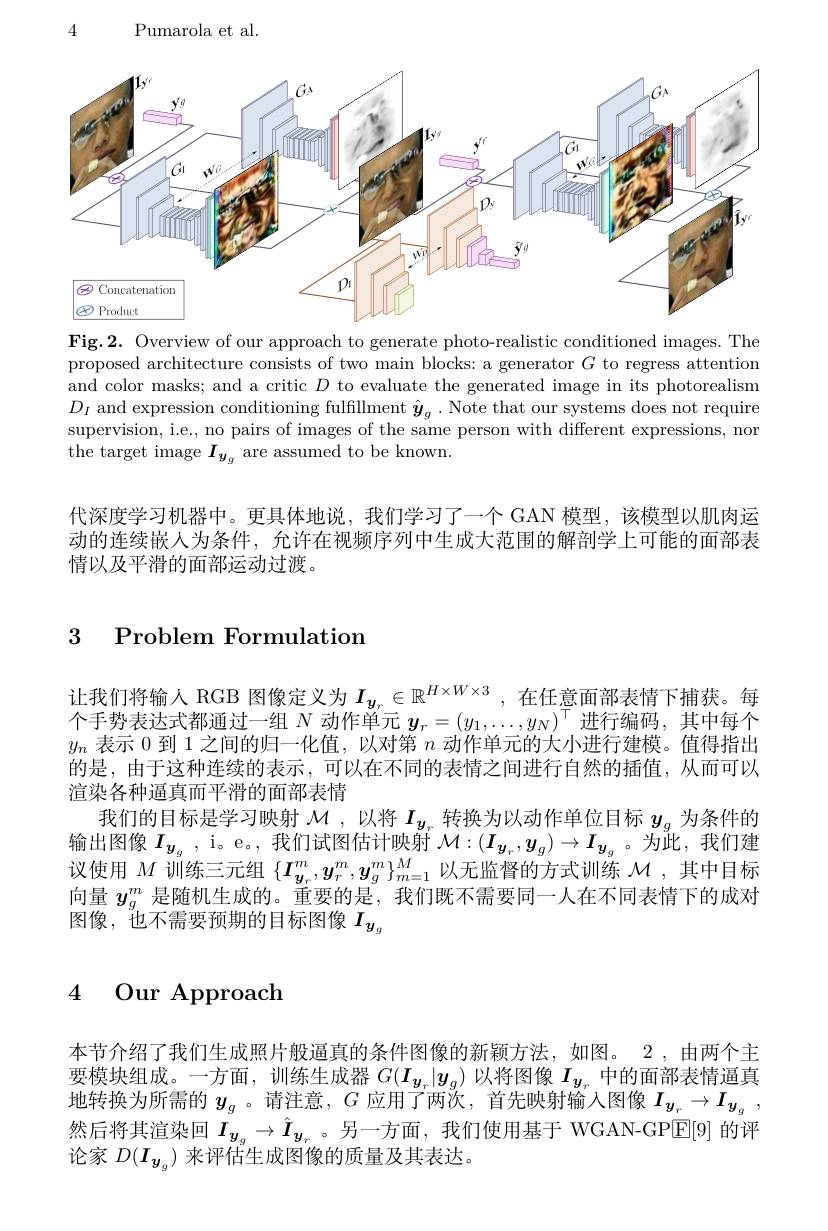
4

Pumarola et al.

<FigureHere>

Fig.2. Overview of our approach to generate photo-realistic conditioned images. The proposed architecture consists of two main blocks: a generator $G$ to regress attention and color masks; and a critic $D$ to evaluate the generated image in its photorealism $D_I$ and expression conditioning fulfillment $\hat{\boldsymbol{y}}_g.$ Note that our systems does not require supervision, i.e., no pairs of images of the same person with different expressions, nor the target image $I_{y_{g}}$ are assumed to be known.

代深度学习机器中。更具体地说，我们学习了一个 GAN 模型，该模型以肌肉运动的连续嵌入为条件，允许在视频序列中生成大范围的解剖学上可能的面部表情以及平滑的面部运动过渡。

## 3 Problem Formulation

让我们将输入 RGB 图像定义为$I_{y_r}\in\mathbb{R}^{H\times W\times3}$,在任意面部表情下捕获。每个手势表达式都通过一组$N$动作单元$y_r=(y_1,\ldots,y_N)^\top$进行编码，其中每个$y_n$表示 0 到 1 之间的归一化值，以对第$n$动作单元的大小进行建模。值得指出的是，由于这种连续的表示，可以在不同的表情之间进行自然的插值，从而可以渲染各种逼真而平滑的面部表情
我们的目标是学习映射$\mathcal{M}$ ,以将$I_{\boldsymbol{y}_r}$转换为以动作单位目标$y_g$为条件的输出图像$I_{\boldsymbol{y}_g}$ , i。e。, 我 们 试 图 估 计 映 射 $\mathcal{M} : ( I_{\boldsymbol{y}_r}, y_g) \to I_{\boldsymbol{y}_g}$ 。为此，我们建议使用$M$训练三元组$\{\boldsymbol I_{y}_r^m,\boldsymbol{y}_r^m,\boldsymbol{y}_g^m\}_{m=1}^M$以无监督的方式训练$\mathcal{M}$,其中目标向量$y_g^m$是随机生成的。重要的是，我们既不需要同一人在不同表情下的成对图像，也不需要预期的目标图像$I_{y_g}$

# 4 Our Approach

本节介绍了我们生成照片般逼真的条件图像的新颖方法，如图。2 ,由两个主要模块组成。一方面，训练生成器$G(\boldsymbol I_{\boldsymbol{y}_r}|\boldsymbol{y}_g)$以将图像$I_{\boldsymbol{y}_r}$中的面部表情逼真地转换为所需的$y_g$ 。请注意，$G$应用了两次，首先映射输入图像$I_{y_r}\to I_{y_g}$ , 然后将其渲染回$I_{y_g}\to\hat{I}_{y_r}$。另一方面，我们使用基于 WGAN-GP$\mathbb{E}[9]$的评论家$D(\boldsymbol I_{\boldsymbol{y}_g})$来评估生成图像的质量及其表达。